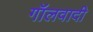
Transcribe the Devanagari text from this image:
गॉलवादी